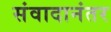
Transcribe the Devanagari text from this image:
संवादानंतर